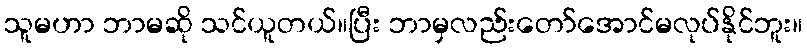
သူမဟာ ဘာမဆို သင်ယူတယ်။ပြီး ဘာမှလည်းတော်အောင်မလုပ်နိုင်ဘူး။